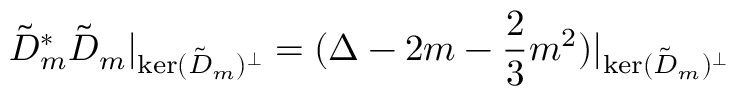
\tilde { D } _ { m } ^ { * } \tilde { D } _ { m } \vert _ { \mathrm { k e r } ( \tilde { D } _ { m } ) ^ { \perp } } = ( \Delta - 2 m - \frac { 2 } { 3 } m ^ { 2 } ) \vert _ { \mathrm { k e r } ( \tilde { D } _ { m } ) ^ { \perp } }